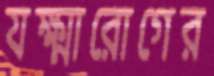
যক্ষ্মারোগের